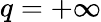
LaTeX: q=+\infty